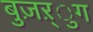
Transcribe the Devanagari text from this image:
बुज़ऱ्ुग